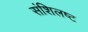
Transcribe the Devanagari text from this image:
संशिलष्ट